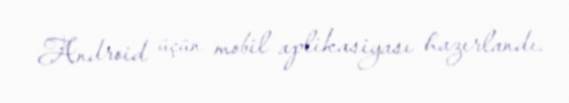
Android üçün mobil aplikasiyası hazırlandı.